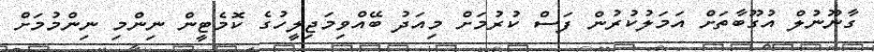
ގާނޫނުލް އުގޫބާތަށް އަމަލުކުރުން ފަސް ކުރުމަށް މިއަދު ބޭއްވިމަޖިލީހުގެ ކޮމެޓީން ނިންމި ނިންމުމަށް